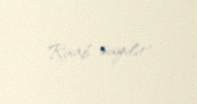
Raab sayılır".